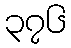
၃၇၆